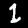
Label: 1